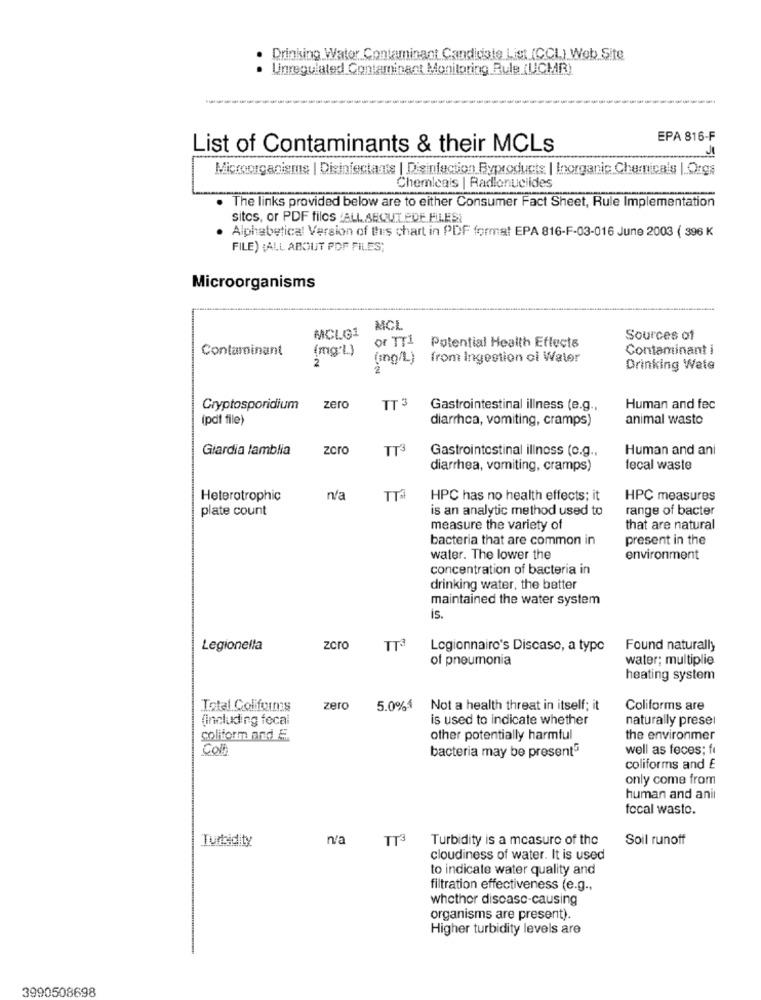
Drinking Water Contaminant Candidate List (CCL) Web Site
Unregulated Contaminant Monitoring Bule (UCMR)
EPA 816-F
List of Contaminants & their MCLs
Microorganisms | Disinfectants | Disinfection Byproducts | Inorganic Chemicals |.Orgs
Chemicals | Radionucildes
. The links provided below are to either Consumer Fact Sheet, Rule Implementation
sites, or PDF files :ALL ABOUT.PDF FILESI
Alphabetical Version of thes chart in PDF format EPA 816-F-03-016 June 2003 ( 396 K
FILE) {ALL ABOUT PDF FILES;
Microorganisms
MCLG1
MCL
or TT1
Sources of
Contaminant
(mg'L)
Potential Health Effects
Contaminant i
2
(ing/L)
from Ingestion ci Water
Drinking Wate
Cryptosporidium
zero
TT 3
Gastrointestinal illness (e.g .,
Human and fec
(pdf file)
diarrhea, vomiting, cramps)
animal wasto
Giardia lamblia
zcro
IT3
Gastrointestinal illness (c.g .,
Human and ani
diarrhea, vomiting, cramps)
fecal waste
Heterotrophic
n/a
TTA
HPC has no health effects; it
HPC measures
plate count
is an analytic method used to
range of bacter
measure the variety of
that are natural
bacteria that are common in
present in the
water. The lower the
environment
concentration of bacteria in
drinking water, the better
maintained the water system
is.
Legionella
zcro
TT3
Legionnaire's Discase, a type
Found naturally
of pneumonia
water; multiplie
heating system
Iptal Coliforms
zero
5.0%4
Not a health threat in itself; it
Coliforms are
(including fecal
is used to indicate whether
naturally presel
coliform and &
other potentially harmful
the environmer
Com
bacteria may be present
well as feces; f
coliforms and £
only come from
human and anil
focal wasto.
Turbidity
n'a
TT3
Turbidity is a measure of the
Soil runoff
cloudiness of water. It is used
to indicate water quality and
filtration effectiveness (e.g .,
whether disease-causing
organisms are present).
Higher turbidity levels are
3990508698